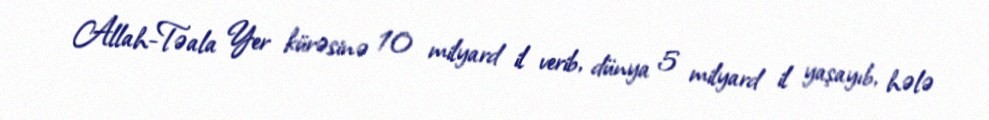
Allah-Təala Yer kürəsinə 10 milyard il verib, dünya 5 milyard il yaşayıb, hələ